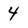
Character: 4